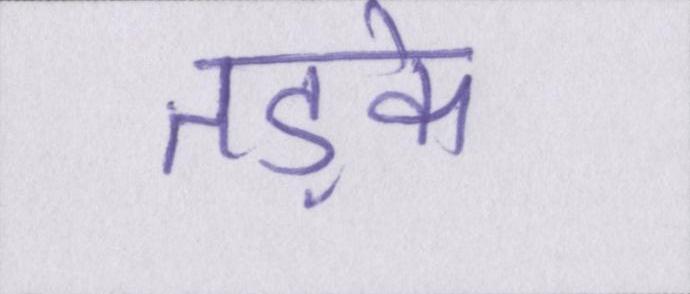
तड़के